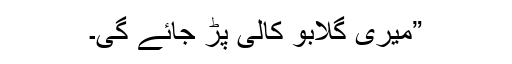
”میری گلابو کالی پڑ جائے گی۔